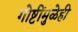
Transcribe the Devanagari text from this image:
गोष्टींमुळेही